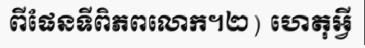
ពីផែនទីពិភពលោក។២) ហេតុអ្វី